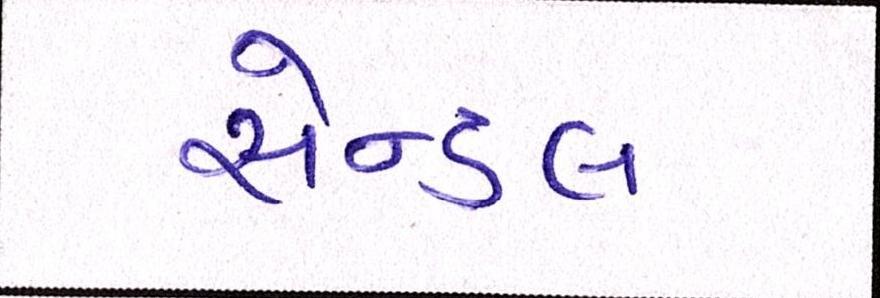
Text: સેન્ડલ